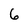
Character: 6